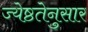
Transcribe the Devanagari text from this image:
ज्येष्ठतेनुसार